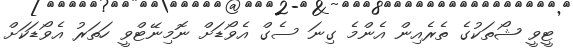
ޓީވީ ޝޯތަކުގެ ތެރެއިން އެންމެ ގިނަ ސެގް އެވޯޑަށް ނޮމިނޭޓްވީ ހަތަރު އެވޯޑަކަށް